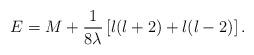
LaTeX: \begin{align*}E = M + {1\over 8\lambda} \left\lbrack l(l+2) + l(l-2) \right\rbrack .\end{align*}